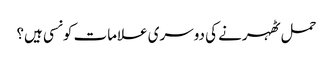
حمل ٹھہرنے کی دوسری علامات کونسی ہیں؟